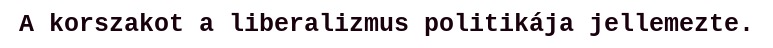
A korszakot a liberalizmus politikája jellemezte.